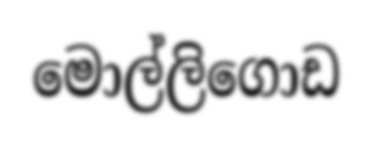
මොල්ලිගොඩ